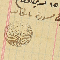
طبق مسودة باشكاتب